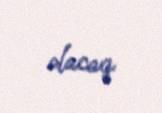
olacaq.